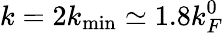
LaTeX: k=2k_{\mathrm{min}}\simeq 1.8k_{F}^{0}